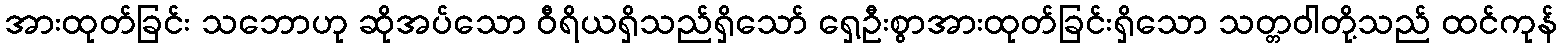
အားထုတ်ခြင်း သဘောဟု ဆိုအပ်သော ဝီရိယရှိသည်ရှိသော် ရှေ့ဦးစွာအားထုတ်ခြင်းရှိသော သတ္တဝါတို့သည် ထင်ကုန်